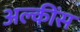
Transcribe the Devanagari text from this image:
अल्कींस